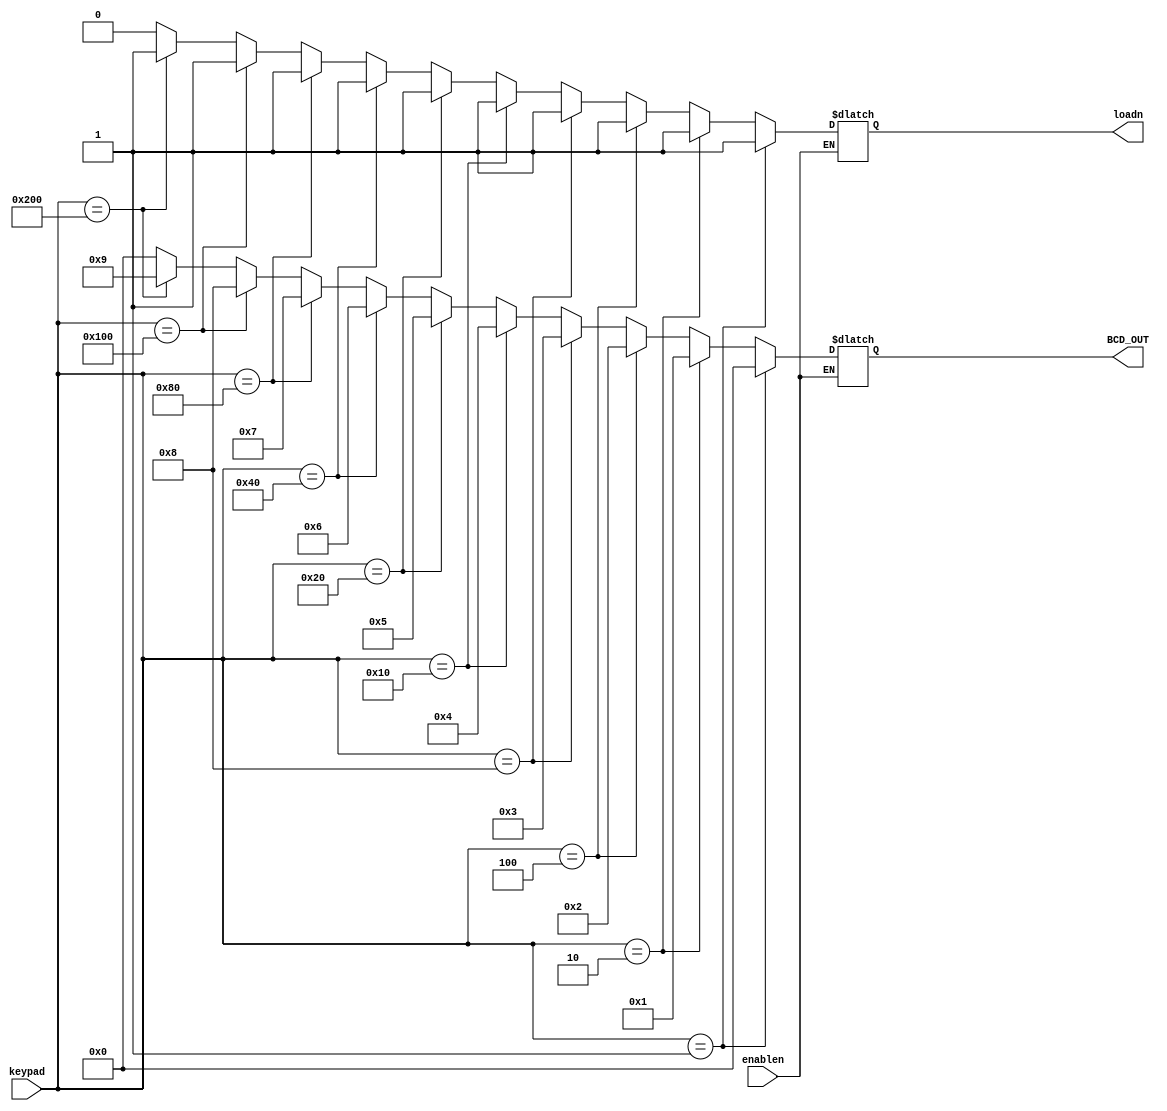
module priority_encoder  
  (input wire [9:0] keypad,
  input wire enablen,
  output reg [3:0] BCD_OUT,
  output reg loadn);
  
  always @ (keypad,enablen)
    begin
      if (!enablen)
        begin
          if(keypad == 10'b0000000001)begin BCD_OUT = 4'b0000; loadn = 1; end
          else if(keypad == 10'b0000000010) begin BCD_OUT = 4'b0001; loadn = 1'b1; end
          else if(keypad == 10'b0000000100) begin BCD_OUT = 4'b0010; loadn = 1'b1; end
          else if(keypad == 10'b0000001000) begin BCD_OUT = 4'b0011; loadn = 1'b1; end
          else if(keypad == 10'b0000010000) begin BCD_OUT = 4'b0100; loadn = 1'b1; end
          else if(keypad == 10'b0000100000) begin BCD_OUT = 4'b0101; loadn = 1'b1; end
          else if(keypad == 10'b0001000000) begin BCD_OUT = 4'b0110; loadn = 1'b1; end
          else if(keypad == 10'b0010000000) begin BCD_OUT = 4'b0111; loadn = 1'b1; end
          else if(keypad == 10'b0100000000) begin BCD_OUT = 4'b1000; loadn = 1'b1; end
          else if(keypad == 10'b1000000000) begin BCD_OUT = 4'b1001; loadn = 1'b1; end
          else begin BCD_OUT = 4'b0000; loadn = 1'b0; end
        end
    end
  
endmodule